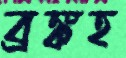
ব্রঙ্কহ